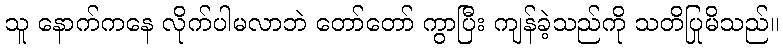
သူ နောက်ကနေ လိုက်ပါမလာဘဲ တော်တော် ကွာပြီး ကျန်ခဲ့သည်ကို သတိပြုမိသည်။